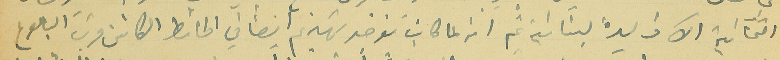
الثمانية الآف ليرة لبنانية ثم انه لما كان يوجد تهديم ايضًا في الحائط الكائن قرب البالوع